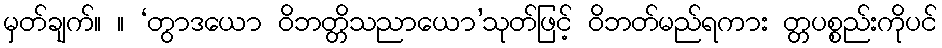
မှတ်ချက်။ ။ ‘တွာဒယော ဝိဘတ္တိသညာယော’သုတ်ဖြင့် ဝိဘတ်မည်ရကား တ္တပစ္စည်းကိုပင်